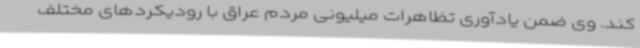
کند. وی ضمن یادآوری تظاهرات میلیونی مردم عراق با رودیکردهای مختلف